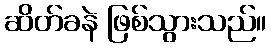
ဆိတ်ခနဲ ဖြစ်သွားသည်။